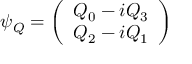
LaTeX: \psi _ { Q } = \left( \begin{array} { c } { { Q _ { 0 } - i Q _ { 3 } } } \\ { { Q _ { 2 } - i Q _ { 1 } } } \end{array} \right)